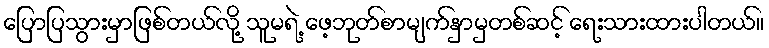
ပြောပြသွားမှာဖြစ်တယ်လို့ သူမရဲ့ ဖေ့ဘုတ်စာမျက်နှာမှတစ်ဆင့် ရေးသားထားပါတယ်။